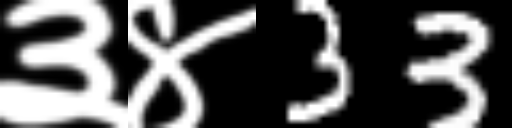
Text: ३४33